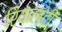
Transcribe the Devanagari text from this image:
रियालटी